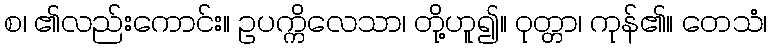
စ၊ ၏လည်းကောင်း။ ဥပက္ကိလေသာ၊ တို့ဟူ၍။ ဝုတ္တာ၊ ကုန်၏။ တေသံ၊